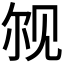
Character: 𫌨